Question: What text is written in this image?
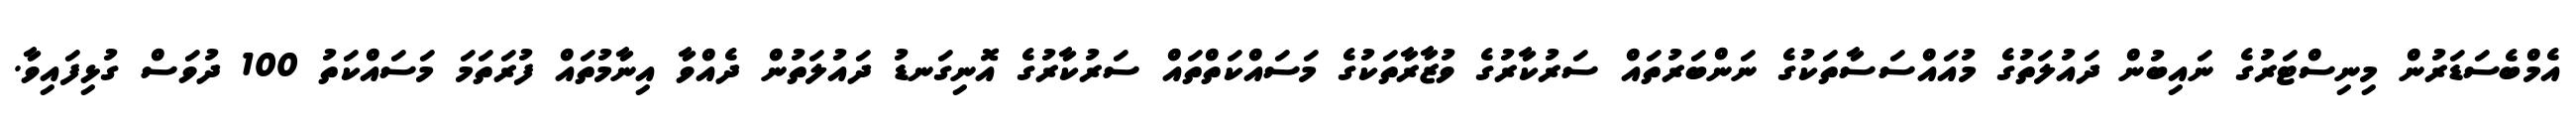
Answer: އެމްބެސަޑަރުން މިނިސްޓަރުގެ ނައިބުން ދައުލަތުގެ މުއައްސަސާތަކުގެ ނަންބަރުތައް ސަރުކާރުގެ ވުޒާރާތަކުގެ މަސައްކަތްތައް ސަރުކާރުގެ އޮނިގަނޑު ދައުލަތުން ދެއްވާ އިނާމުތައް ފުރަތަމަ މަސައްކަތު 100 ދުވަސް ގުޅިފައިވާ.